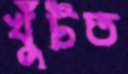
খুঁটত